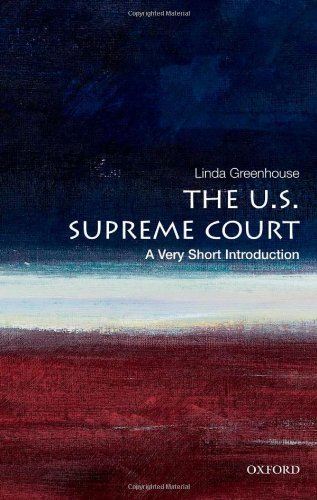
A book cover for The U.S. Supreme Court: A Very Short Introduction; Linda Greenhouse; Law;